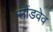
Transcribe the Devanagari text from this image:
सौंडवेव